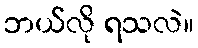
ဘယ်လို ရသလဲ။